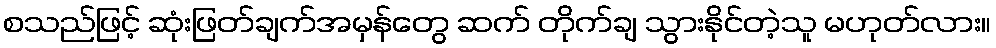
စသည်ဖြင့် ဆုံးဖြတ်ချက်အမှန်တွေ ဆက် တိုက်ချ သွားနိုင်တဲ့သူ မဟုတ်လား။